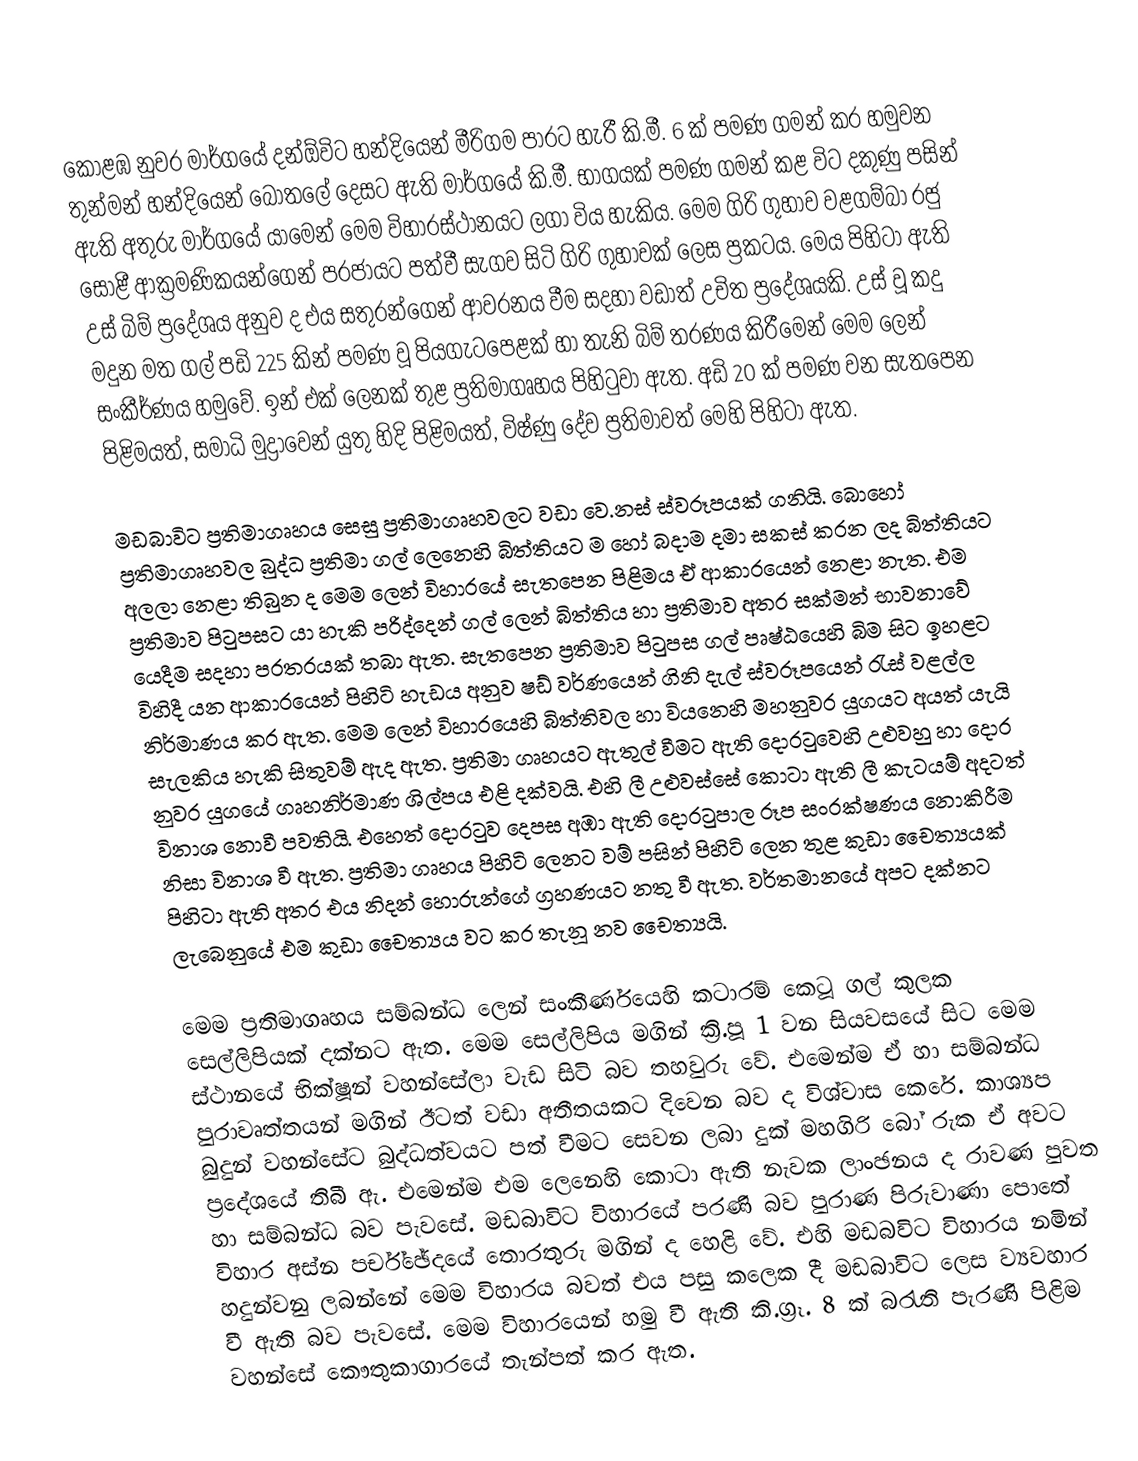
කොළඹ නුවර මාර්ගයේ දන්ඕවිට හන්දියෙන් මීරිගම පාරට හැරී කි‍.මී. 6 ක් පමණ ගමන් කර හමුවන තුන්මන් හන්දියෙන් බෝතලේ දෙසට ඇති මාර්ගයේ කි.මී. භාගයක් පමණ ගමන් කළ විට දකුණු පසින් ඇති අතුරු මාර්ගයේ යාමෙන් මෙම විහාරස්ථානයට ලගා විය හැකිය. මෙම ගිරි ගුහාව වළගම්බා රජු සොළී ආක්‍රමණිකයන්ගෙන් පරජායට පත්වී සැගව සිටි ගිරි ගුහාවක් ලෙස ප්‍රකටය. මෙය පිහිටා ඇති උස් බිම් ප්‍රදේශය අනුව ද එය සතුරන්ගෙන් ආවරනය වීම සදහා වඩාත් උචිත ප්‍රදේශයකි. උස් වූ කදු මදුන මත ගල් පඩි 225 කින් පමණ වූ පියගැටපෙළක් හා තැනි බිම් තරණය කිරීමෙන් මෙම ලෙන් සංකීර්ණය හමුවේ. ඉන් එක් ලෙනක් තුළ ප්‍රතිමාගෘහය පිහිටුවා ඇත. අඩි 20 ක් පමණ වන සැතපෙන පිළිමයත්, සමාධි මුද්‍රාවෙන් යුතු හිදි පිළිමයත්, විෂ්ණු දේව ප්‍රතිමාවත් මෙහි පිහිටා ඇත.

මඩබාවිට ප්‍රතිමාගෘහය සෙසු ප්‍රතිමාගෘහවලට වඩා ‍වෙ.නස් ස්වරූපයක් ගනියි. බොහෝ ප්‍රතිමාගෘහවල බුද්ධ ප්‍රතිමා ගල් ලෙනෙහි බිත්තියට ම හෝ බදාම දමා සකස් කරන ලද බිත්තියට අලලා නෙළා තිබුන ද මෙම ලෙන් විහාරයේ සැතපෙන පිළිමය ඒ ආකාරයෙන් නෙළා නැත. එම ප්‍රතිමාව පිටුපසට යා හැකි පරිද්දෙන් ගල් ලෙන් බිත්තිය හා ප්‍රතිමාව අතර සක්මන් භාවනාවේ යෙදීම සදහා පරතරයක් තබා ඇත. සැතපෙන ප්‍රතිමාව පිටුපස ගල් පෘෂ්ඨයෙහි බිම සිට ඉහළට විහිදී යන ආකාරයෙන් පිහිටි හැඩය අනුව ෂඩ් වර්ණයෙන් ගිනි දැල් ස්වරූපයෙන් රැස් වළල්ල නිර්මාණය කර ඇත. මෙම ලෙන් විහාරයෙහි බිත්තිවල හා වියනෙහි මහනුවර යුගයට අයත් යැයි සැලකිය හැකි සිතුවම් ඇද ඇත. ප්‍රතිමා ගෘහයට ඇතුල් වීමට ඇති දොරටුවෙහි උළුවහු හා දොර නුවර යුගයේ ගෘහනිර්මාණ ශිල්පය එළි දක්වයි. එහි ලී උළුවස්සේ කොටා ඇති ලී කැටයම් අදටත් විනාශ නොවී පවතියි. එහෙත් දොරටුව දෙපස අඹා ඇති දොරටුපාල රූප සංරක්ෂණය නොකිරීම නිසා විනාශ වී ඇත. ප්‍රතිමා ගෘහය පිහිටි ලෙනට වම් පසින් පිහිටි ලෙන තුළ කුඩා චෛත්‍යයක් පිහිටා ඇති අතර එය නිදන් හොරුන්ගේ ග්‍රහණයට නතු වී ඇත. වර්තමානයේ අපට දක්නට ලැබෙනුයේ එම කුඩා චෛත්‍යය වට කර තැනූ නව චෛත්‍යයි.

මෙම ප්‍රතිමාගෘහය සම්බන්ධ ලෙන් සංකීර්ණයෙහි කටාරම් කෙටූ ගල් කුලක සෙල්ලිපියක් දක්නට ඇත. මෙම සෙල්ලිපිය මගින් ක්‍රි.පූ 1 වන සියවසයේ සිට මෙම ස්ථානයේ භික්ෂූන් වහන්සේලා වැඩ සිටි බව තහවුරු වේ. එමෙන්ම ඒ හා සම්බන්ධ පුරාවෘත්තයන් මගින් ඊටත් වඩා අතීතයකට දිවෙන බව ද විශ්වාස කෙරේ. කාශ්‍යප බුදුන් වහන්සේට බුද්ධත්වයට පත් වීමට සෙවන ලබා දුක් මහගිරි බෝ රුක ඒ අවට ප්‍රදේශයේ තිබී ඇ. එමෙන්ම එම ලෙනෙහි කොටා ඇති නැවක ලාංඡනය ද රාවණ පුවත හා සම්බන්ධ බව පැවසේ. මඩබාවිට විහාරයේ පරණි බව පුරාණ පිරුවාණා පොතේ විහාර අස්න පර්ච්ඡේදයේ තොරතුරු මගින් ද හෙළි වේ. එහි මඩබවිට විහාරය නමින් හදුන්වනු ලබන්නේ මෙම විහාරය බවත් එය පසු කලෙක දී මඩබාවිට ලෙස ව්‍යවහාර වී ඇති බව පැවසේ. මෙම විහාරයෙන් හමු වී ඇති කි.ග්‍රෑ. 8 ක් බරැති පැරණි පිළිම වහන්සේ කෞතුකාගාරයේ තැන්පත් කර ඇත.